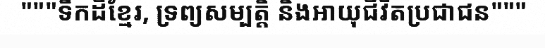
"""ទឹកដីខ្មែរ, ទ្រព្យសម្បត្តិ និងអាយុជីវិតប្រជាជន"""